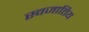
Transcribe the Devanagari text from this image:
स्वजातिय